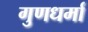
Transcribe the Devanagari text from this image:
गुणधर्मा